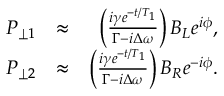
\begin{array} { r l r } { P _ { \perp 1 } } & { \approx } & { \left( \frac { i \gamma e ^ { - t / T _ { 1 } } } { \Gamma - i \Delta \omega } \right) B _ { L } e ^ { i \phi } , } \\ { P _ { \perp 2 } } & { \approx } & { \left( \frac { i \gamma e ^ { - t / T _ { 1 } } } { \Gamma - i \Delta \omega } \right) B _ { R } e ^ { - i \phi } . } \end{array}